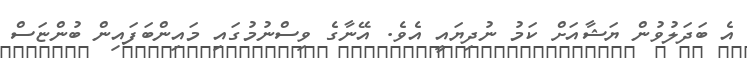
އެ ބަދަލުވުން ޔަޝާއަށް ކަމު ނުދިޔައީ އެވެ. އޭނާގެ ވިސްނުމުގައި މައިންބަފައިން ބުންޏަސް